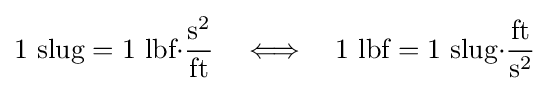
1~{\text{slug}}=1~{\text{lbf}}{\cdot }{\frac {{\text{s}}^{2}}{\text{ft}}}\quad \Longleftrightarrow \quad 1~{\text{lbf}}=1~{\text{slug}}{\cdot }{\frac {\text{ft}}{{\text{s}}^{2}}}